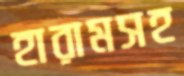
হারামসহ